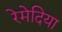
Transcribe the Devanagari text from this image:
रेमेदिया